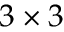
3 \times 3